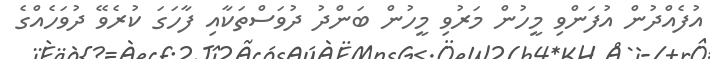
އުފެއްދުން އުފަންވި މީހުން މަރުވި މީހުން ބަންދު ދުވަސްތަކާއި ފާހަގަ ކުރެވޭ ދުވަހެއްގެ